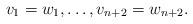
LaTeX: \begin{align*} v_1=w_1,\ldots, v_{n+2}=w_{n+2}. \end{align*}